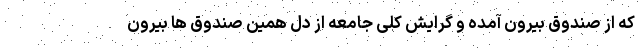
که از صندوق بیرون آمده و گرایش کلی جامعه از دل همین صندوق ها بیرون